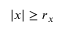
| { x } | \geq r _ { x }